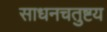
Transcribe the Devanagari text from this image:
साधनचतुष्टय